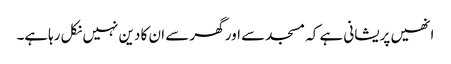
انھیں پریشانی ہے کہ مسجد سے اور گھر سے ان کا دین نہیں نکل رہاہے۔